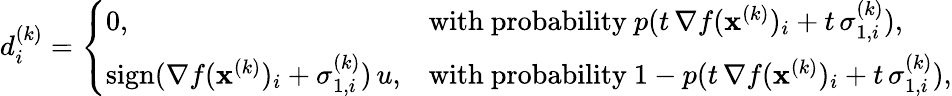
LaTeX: \begin{array}{r}{d_{i}^{(k)}=\left\{ \begin{array}{ll}{0,}&{\mathrm{with~probability}~p(t\, \nabla f(\mathbf{x}^{(k)})_{i}+t\, \sigma_{1,i}^{(k)}),}\\ {\mathrm{sign}(\nabla f(\mathbf{x}^{(k)})_{i}+\sigma_{1,i}^{(k)})\, u,}&{\mathrm{with~probability}~1-p(t\, \nabla f(\mathbf{x}^{(k)})_{i}+t\, \sigma_{1,i}^{(k)}),}\end{array}\right.}\end{array}